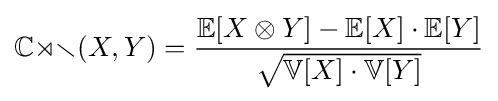
\mathbb {Cor} (X,Y)={\frac {\mathbb {E} [X\otimes Y]-\mathbb {E} [X]\cdot \mathbb {E} [Y]}{\sqrt {\mathbb {V} [X]\cdot \mathbb {V} [Y]}}}